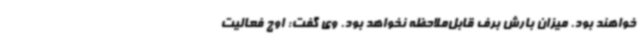
خواهند بود. میزان بارش برف قابل‌ملاحظه نخواهد بود. وی گفت: اوج فعالیت